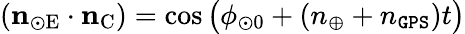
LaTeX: (\boldsymbol{\mathrm{n}}_{\odot\mathrm{E}}\cdot\boldsymbol{\mathrm{n}}_{\mathrm{C}})=\cos\big(\phi_{\odot 0}+(n_{\oplus}+n_{\tt GPS})t\big)